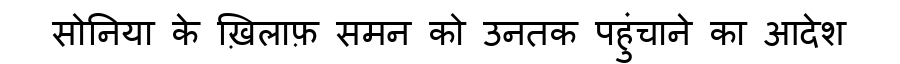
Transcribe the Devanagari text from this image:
सोनिया के ख़िलाफ़ समन को उनतक पहुंचाने का आदेश